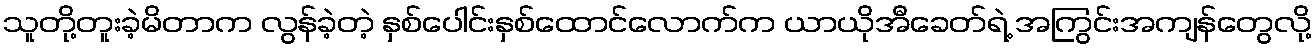
သူတို့တူးခဲ့မိတာက လွန်ခဲ့တဲ့ နှစ်ပေါင်းနှစ်ထောင်လောက်က ယာယိုအီခေတ်ရဲ့ အကြွင်းအကျန်တွေလို့